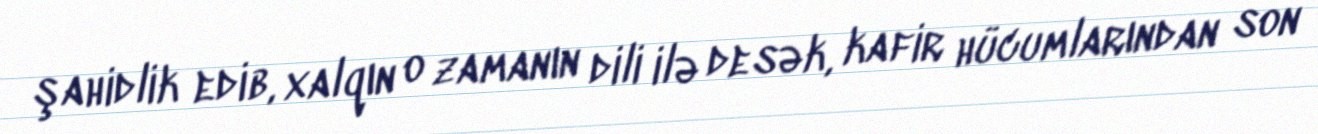
şahidlik edib, xalqın o zamanın dili ilə desək, kafir hücumlarından son